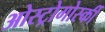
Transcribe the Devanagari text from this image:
ओस्ट्रोगोर्स्की